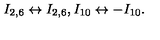
I _ { 2 , 6 } \leftrightarrow I _ { 2 , 6 } , I _ { 1 0 } \leftrightarrow - I _ { 1 0 } .